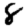
Digit: 8